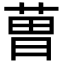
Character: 𮏥